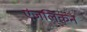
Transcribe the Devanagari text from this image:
एंजलिकन